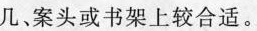
几案头或书架上较合适。